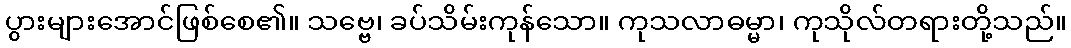
ပွားများအောင်ဖြစ်စေ၏။ သဗ္ဗေ၊ ခပ်သိမ်းကုန်သော။ ကုသလာဓမ္မာ၊ ကုသိုလ်တရားတို့သည်။